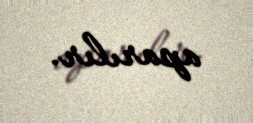
aparılır.